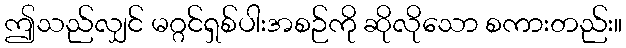
ဤသည်လျှင် မဂ္ဂင်ရှစ်ပါးအစဉ်ကို ဆိုလိုသော စကားတည်း။